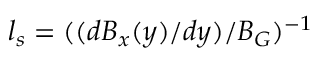
l _ { s } = ( ( d B _ { x } ( y ) / d y ) / B _ { G } ) ^ { - 1 }